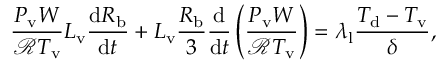
\frac { P _ { \mathrm { v } } W } { \mathcal { R } T _ { \mathrm { v } } } L _ { \mathrm { v } } \frac { \mathrm { d } R _ { \mathrm { b } } } { \mathrm { d } t } + L _ { \mathrm { v } } \frac { R _ { \mathrm { b } } } { 3 } \frac { \mathrm { d } } { \mathrm { d } t } \left( \frac { P _ { \mathrm { v } } W } { \mathcal { R } T _ { \mathrm { v } } } \right) = \lambda _ { \mathrm { l } } \frac { T _ { \mathrm { d } } - T _ { \mathrm { v } } } { \delta } ,